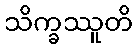
သိက္ခဿူတိ